Lunatic asylums Central Provinces reports 1886-1894 - 1886-1894
Year: 1886
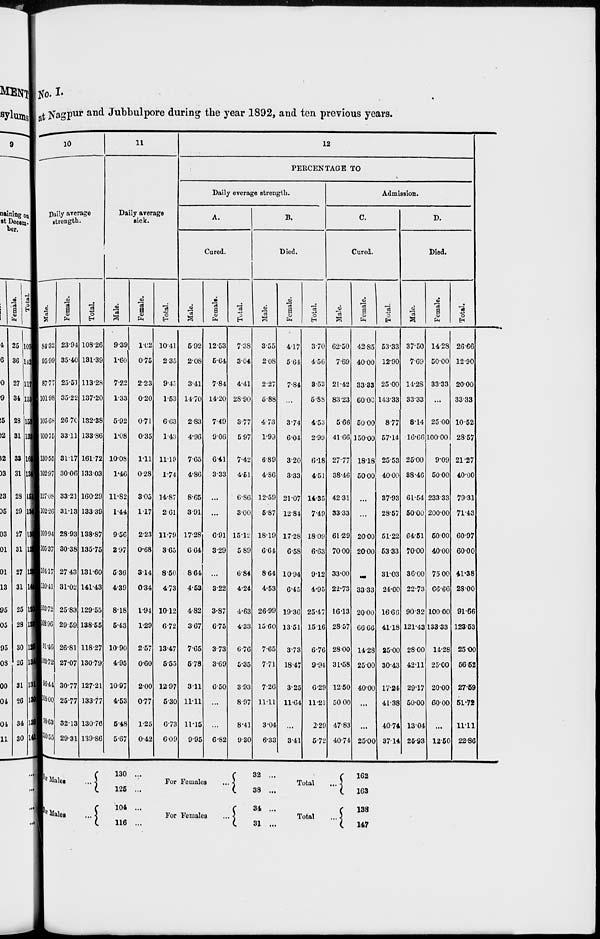
No. I.
at Nagpur and Jubbulpore during the year 1892, and ten previous years.
10
Daily average
strength.
Male.
84.32
95.99
87.77
101.98
105.68
100.75
130.55
102.97
127.08
102.26
109.94
105.37
104.17
110.41
103.72
108.96
91.46
103.72
96.44
108. 00
98.63
110.55
Female.
23.94
35.40
25.51
35.22
26.70
33.11
31.17
30.06
33.21
31.13
28.93
30.38
27.43
31.02
25.83
29.59
26.81
27.07
30.77
25.77
32.13
29.31
Total.
108.26
131.39
113.28
137.20
132.38
133.86
161.72
133.03
160.29
133.39
138.87
135.75
131.60
141.43
129.55
138.55
118.27
130.79
127.21
133.77
130.76
139.86
11
Daily average
sick.
Male.
9.39
1.60
7.22
1.33
5.92
1.08
10.08
1.46
11.82
1.44
9.56
2.97
5.36
4.39
8.18
5.43
10.90
4.95
10.97
4.53
5.48
5.67
Female.
1.02
0.75
2.23
0.20
0.71
0.35
1.11
0.28
3.05
1.17
2.23
0.68
3.14
0.34
1.94
1.29
2.57
0.60
2.00
0.77
1.25
0.42
Total.
10.41
2.35
9.45
1.53
6.63
1.43
11.19
1.74
14.87
2.61
11.79
3.65
8.50
4.73
10.12
6.72
13.47
5.55
12.97
5.30
6.73
6.09
12
PERCENTAGE TO
Daily average strength.
A.
Cured.
Male.
5.92
2.08
3.41
14.70
2.83
4.96
7.65
4.86
8.65
3.91
17.28
6.64
8.64
4.53
4.82
3.67
7.65
5.78
3.11
11.11
11.15
9.95
Female.
12.53
5.64
7.84
14.20
7.49
9.06
6.41
3.33
...
...
6.91
3.29
...
3.22
3.87
6.75
3.73
3.69
6.50
...
...
6.82
Total.
7.38
3.04
4.41
28.90
3.77
5.97
7.42
4.51
6.86
3.00
15.12
5.89
6.84
4.24
4.63
4.33
6.76
5.35
3.93
8.97
8.41
9.30
B.
Died.
Male.
3.55
2.08
2.27
5.88
4.73
1.99
6.89
4.86
12.59
5.87
18.19
6.64
8.64
4.53
26.99
15.60
7.65
7.71
7.26
11.11
3.04
6.33
Female.
4.17
5.64
7.84
...
3.74
6.04
3.20
3.33
21.07
12.84
17.28
6.58
10.94
6.45
19.36
13.51
3.73
18.47
3.25
11.64
...
3.41
Total.
3.70
4.56
3.53
5.88
4.53
2.99
6.18
4.51
14.35
7.49
18.09
6.63
9.12
4.95
25.47
15.16
6.76
9.94
6.29
11.21
2.29
5.72
Admission.
C.
Cured.
Male.
62.50
7.69
21.42
83.23
5.66
41.66
27.77
38.46
42.31
33.33
61.29
70.00
33.00
22.73
16.13
28.57
28.00
31.58
12.50
50.00
47.83
40.74
Female.
42.85
40.00
33.33
60.00
50.00
150.00
18.18
50.00
...
...
20.00
20.00
...
33.33
20.00
66.66
14.28
25.00
40.00
...
...
25.00
Total.
53.33
12.90
25.00
143.33
8.77
57.14
25.53
40.00
37.93
28.57
51.22
53.33
31.03
24.00
16.68
41.18
25.00
30.43
17.24
41.38
40.74
37.14
D.
Died.
Male.
37.50
7.69
14.28
33.33
8.14
16.66
25.00
38.46
61.54
50.00
64.51
70.00
36.00
22.73
90.32
121.43
28.00
42.11
29.17
50.00
13.04
25.93
Female.
14.28
50.00
33.33
...
25.00
100.00
9.09
50.00
233.33
200.00
50.00
40.00
75.00
66.66
100.00
133.33
14.28
25.00
20.00
60.00
...
12.50
Total.
26.66
12.90
20.00
33.33
10.52
28.57
21.27
40.00
79.31
71.43
60.97
60.00
41.38
28.00
91.66
123.53
25.00
56.62
27.59
51.72
11.11
22.86
For Males ...
For Males ...
130 ...
125 ...
104 ...
116 ...
For Females
...
For Females
...
32 ...
38 ...
34 ...
31 ...
Total
...
Total
...
162
163
138
147